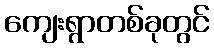
ကျေးရွာတစ်ခုတွင်